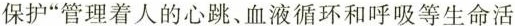
保护”管理着人的心跳、血液循环和呼吸等生命活